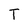
Character: T